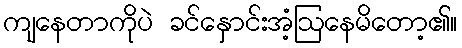
ကျနေတာကိုပဲ ခင်နှောင်းအံ့ဩနေမိတော့၏။